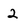
Character: 2